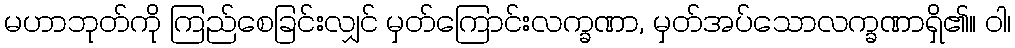
မဟာဘုတ်ကို ကြည်စေခြင်းလျှင် မှတ်ကြောင်းလက္ခဏာ, မှတ်အပ်သောလက္ခဏာရှိ၏။ ဝါ၊